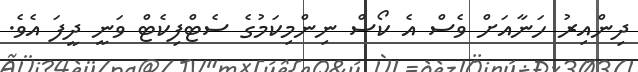
ދިންއިރު ހަނާއަށް ވެސް އެ ކޯސް ނިންމިކަމުގެ ސެޓްފިކެޓް ވަނީ ދީފަ އެވެ.